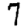
Digit: 7